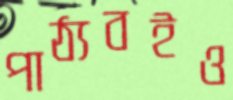
পাঠ্যবইও